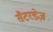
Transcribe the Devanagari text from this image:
सैटरडेज़